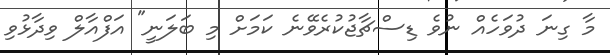
މާ ގިނަ ދުވަހެއް ނުވެ ޑިސްޗާޖުކުރެވޭނެ ކަމަށް މި ބަލަނީ" އަފްއާލް ވިދާޅުވި